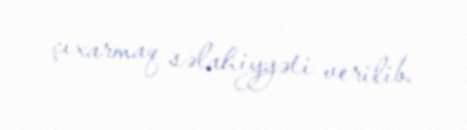
çıxarmaq səlahiyyəti verilib.